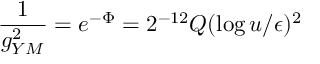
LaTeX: { \frac { 1 } { g _ { Y M } ^ { 2 } } } = e ^ { - \Phi } = 2 ^ { - 1 2 } Q ( \log { u / \epsilon } ) ^ { 2 }